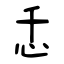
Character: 忎